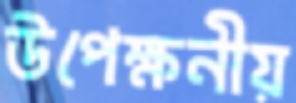
উপেক্ষনীয়